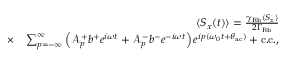
\begin{array} { r l r } & { } & { \langle S _ { x } ( t ) \rangle = \frac { \gamma _ { \mathrm { R b } } \langle S _ { z } \rangle } { 2 \Gamma _ { \mathrm { R b } } } } \\ & { \times } & { \sum _ { p = - \infty } ^ { \infty } \left( \mathcal { A } _ { p } ^ { + } b ^ { + } e ^ { i \omega t } + \mathcal { A } _ { p } ^ { - } b ^ { - } e ^ { - i \omega t } \right) e ^ { i p ( \omega _ { 0 } t + \theta _ { \mathrm { a c } } ) } + \mathrm { c . c . } , } \end{array}